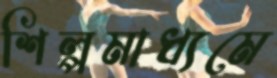
শিল্পমাধ্যমে